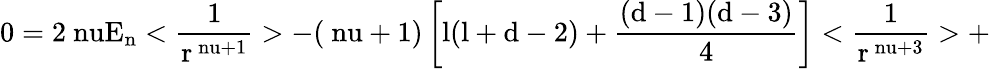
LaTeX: \mathrm{{0=2\ nuE_{n}<\frac{1}{r^{\ nu+1}}>-(\ nu+1)\left[l(l+d-2)+\frac{(d-1)(d-3)}{4}\right]<\frac{1}{r^{\ nu+3}}>+}}